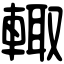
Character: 輙